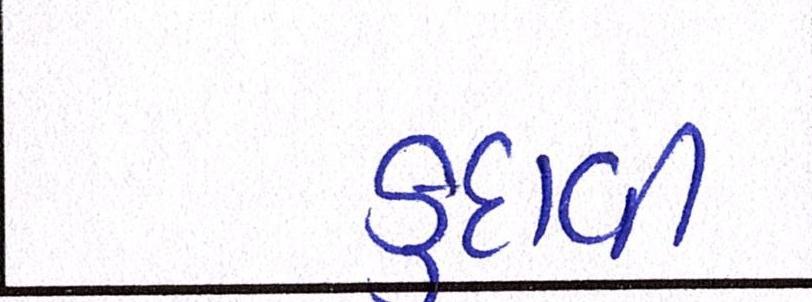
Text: કુદાવી